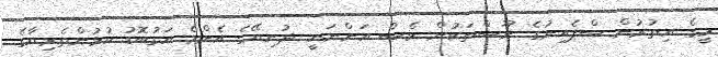
މީގެ އިތުރުން ސްޕެއިނުގެ ނޫސްތަކުން ވެސް އަންނަނީ ދުނިޔޭގެ އެންމެ އަގުބޮޑު ކުޅުންތެރިޔާގެ